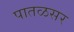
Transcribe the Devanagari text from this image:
पातळसर